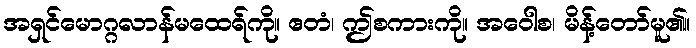
အရှင်မောဂ္ဂလာန်မထေရ်ကို။ ဧတံ၊ ဤစကားကို။ အဝေါစ၊ မိန့်တော်မူ၏။